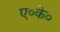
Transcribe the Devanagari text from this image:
ए०के०